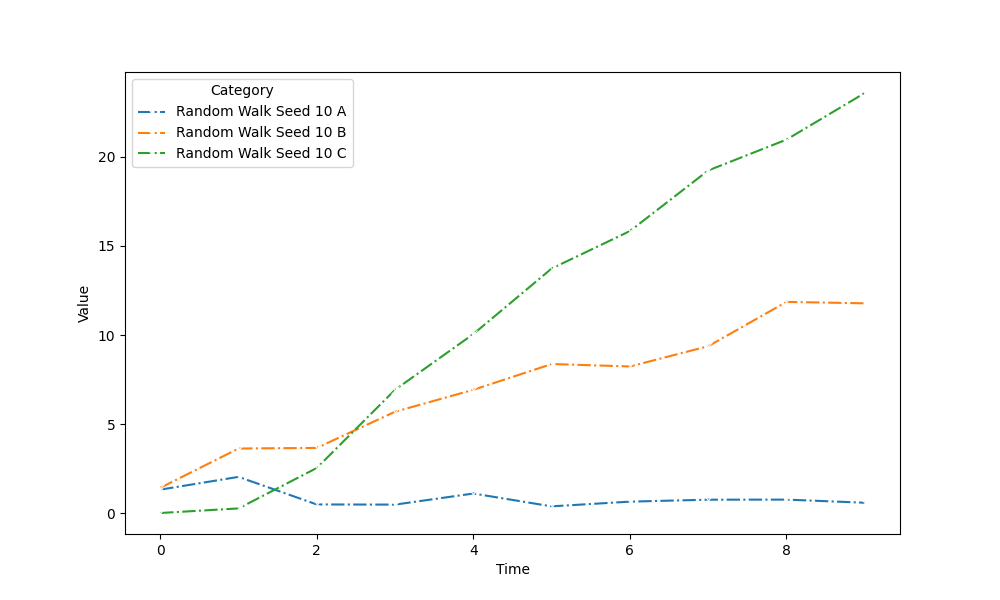
python, seaborn, lineplot, style='dashdot', marker='x'